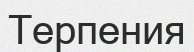
Терпения